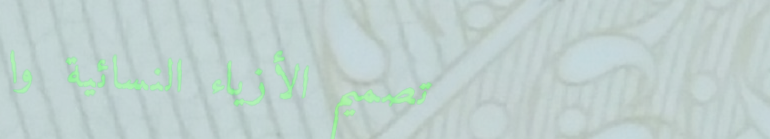
تصميم الأزياء النسائية وا